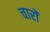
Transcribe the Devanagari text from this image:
चारोंं